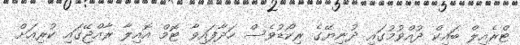
ޓްރެއިލް ބައިކް ދުއްވުމުގައި ދުނިޔޭގެ ރިކޯޑުވެސް ހަދާފައިވާ ޓޮމް އޮއިލާ ރާއްޖޭގައި ކުރިއަށް